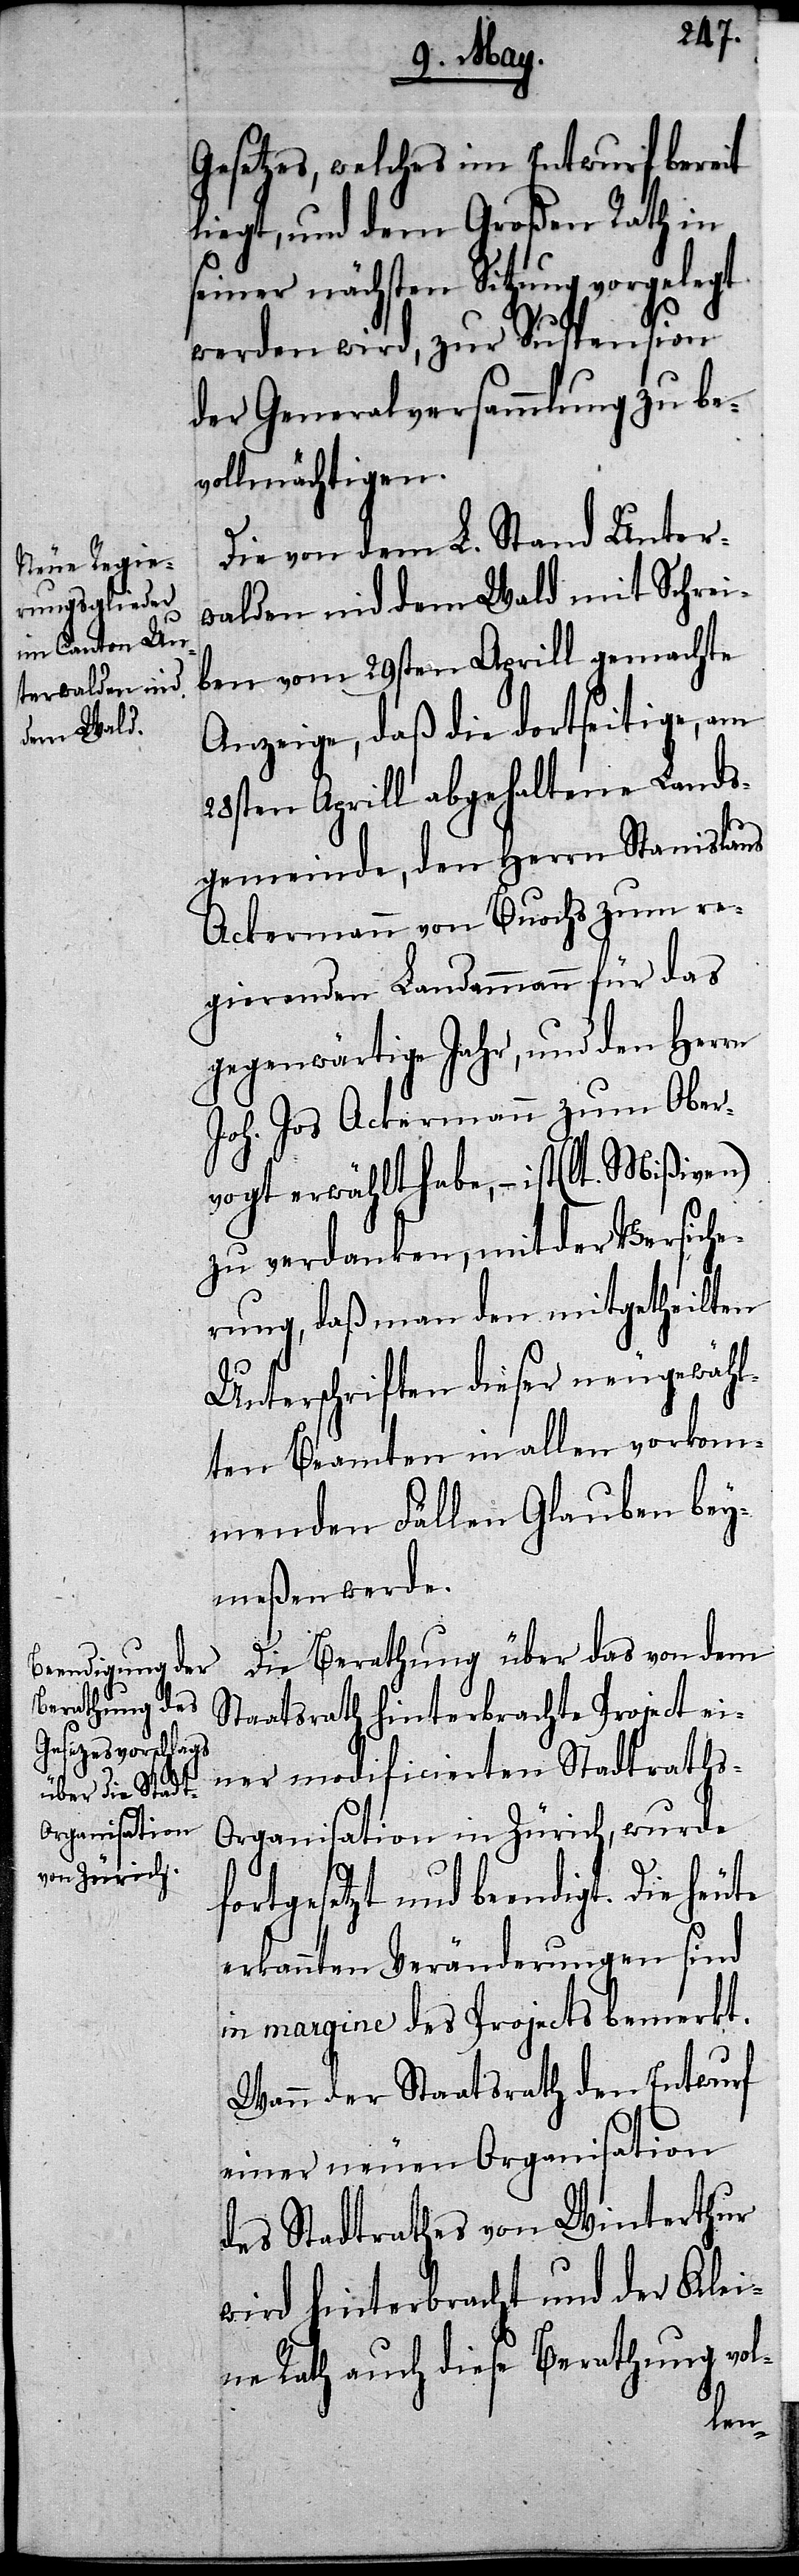
Gesetzes, welches im Entwurf bereit
liegt, und dem Großen Rath in
seiner nächsten Sitzung vorgelegt
werden wird, zur Suspension
der Generalversammlung zu be¬
vollmächtigen.
Die von dem L. Stand Unter¬
walden nid dem Wald mit Schrei¬
ben vom 29sten Aprill gemachte
Anzeige, daß die dortseitige am
28sten Aprill abgehaltene Lands¬
gemeinde, den Herrn Stanislaus
Ackermann von Buochs zum re¬
gierenden Landammann für das
gegenwärtige Jahr, und den Herrn
Joh. Jos Ackermann zum Ober¬
vogt erwählt habe, – ist (lt. Mißiven)
zu verdanken, mit der Versiche¬
rung, daß man den mitgetheilten
Unterschriften dieser neugewähl¬
ten Beamten in allen vorkom¬
menden Fällen Glauben bey¬
meßen werde.
Die Berathung über das von dem
Staatsrath hinterbrachte Project ei¬
ner modificierten Stadtraths-O¬
rganisation in Zürich, wurde
fortgesetzt und beendigt. Die heute
erkannten Veränderungen sind
in margine des Projects bemerkt.
Wenn der Staatsrath den Entwurf
einer neuen Organisation
des Stadtrathes von Winterthur
wird hinterbracht und der Klei¬
ne Rath auch diese Berathung vol-